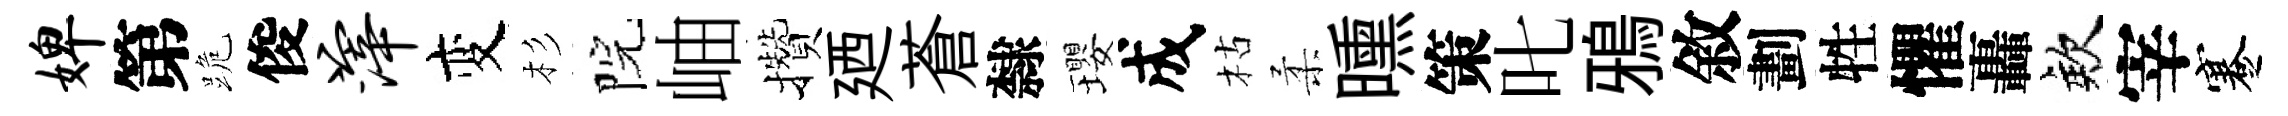
婢第跪俊滓变杉院岫攢廼蒼隸瓔成枯柔曛策叱鴉敘劃牲懼轟欸宰蹇